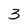
Character: 3